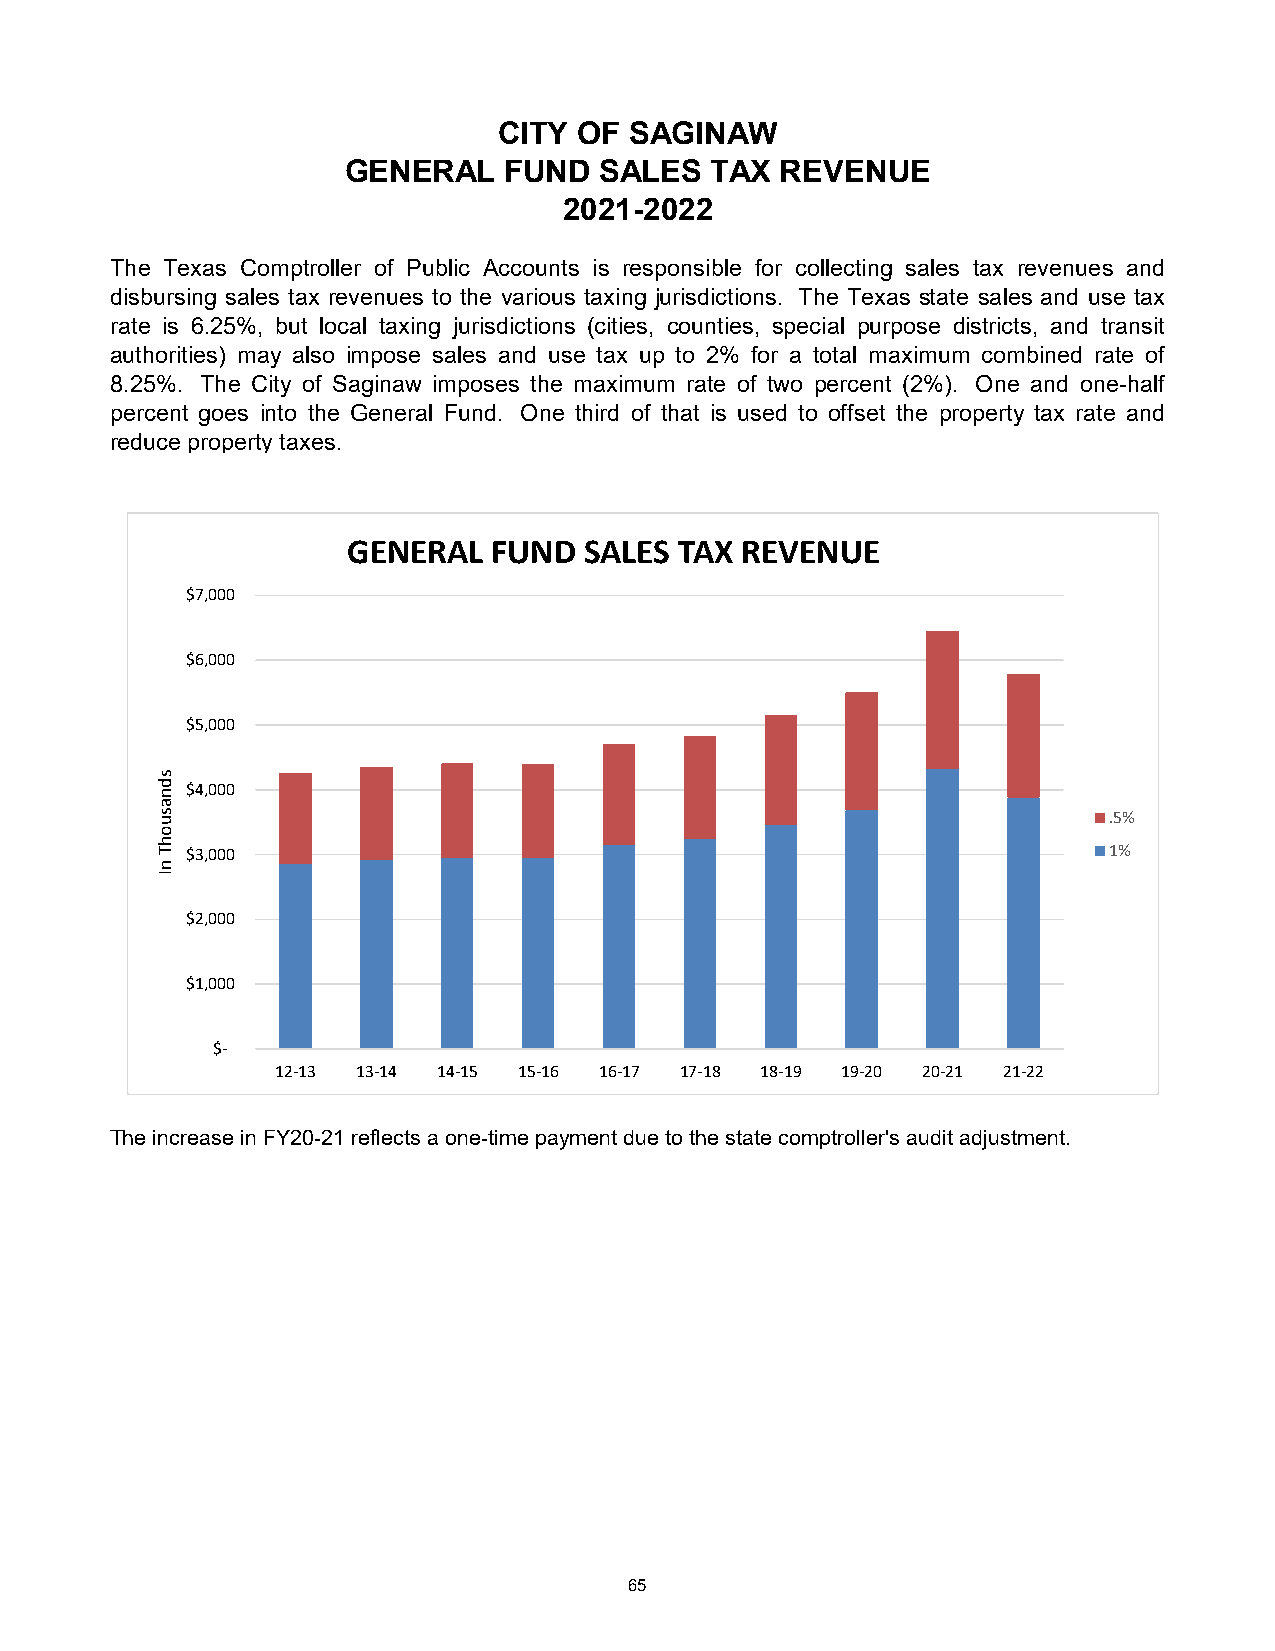
CITY OF  SAGINAW
 GENERAL   FUND   SALES  TAX  REVENUE
 2021-2022
 The Texas Comptroller of Public Accounts is responsible for collecting sales tax revenues and
 disbursing sales tax revenues to the various taxing jurisdictions. The Texas state sales and use tax
 rate is 6.25%, but local taxing jurisdictions (cities, counties, special purpose districts, and transit
 authorities) may also impose sales and use tax up to 2% for a total maximum combined rate of
 8.25%. The City of Saginaw imposes the maximum rate of two percent (2%). One and one-half
 percent goes into the General Fund. One third of that is used to offset the property tax rate and
 reduce property taxes.
 GENERAL   FUND  SALES TAX REVENUE
 $7,000
 $6,000
 $5,000
 $4,000
 .5%
 $3,000                                                       1%
 $2,000
 $1,000
 $-
 12-13 13-14 14-15 15-16 16-17 17-18 18-19 19-20 20-21 21-22
 The increase in FY20-21 reflects a one-time payment due to the state comptroller's audit adjustment.
 65
 sdnasuohT
 nI